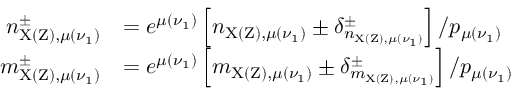
\begin{array} { r l } { n _ { \mathrm { X ( Z ) , } \mu ( \nu _ { 1 } ) } ^ { \pm } } & { = e ^ { \mu ( \nu _ { 1 } ) } \left[ n _ { \mathrm { X ( Z ) , } \mu ( \nu _ { 1 } ) } \pm \delta _ { n _ { \mathrm { X ( Z ) , } \mu ( \nu _ { 1 } ) } } ^ { \pm } \right] / p _ { \mu ( \nu _ { 1 } ) } } \\ { m _ { \mathrm { X ( Z ) , } \mu ( \nu _ { 1 } ) } ^ { \pm } } & { = e ^ { \mu ( \nu _ { 1 } ) } \left[ m _ { \mathrm { X ( Z ) , } \mu ( \nu _ { 1 } ) } \pm \delta _ { m _ { \mathrm { X ( Z ) , } \mu ( \nu _ { 1 } ) } } ^ { \pm } \right] / p _ { \mu ( \nu _ { 1 } ) } } \end{array}